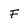
Character: F